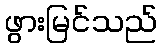
ဖွားမြင်သည်